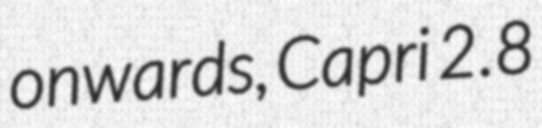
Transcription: onwards, Capri 2.8